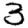
Digit: 3